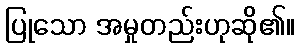
ပြုသော အမှုတည်းဟုဆို၏။